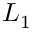
L _ { 1 }